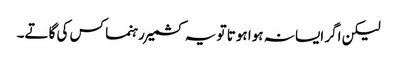
لیکن اگر ایسا نہ ہوا ہوتا تو یہ کشمیر رہنما کس کی گاتے۔